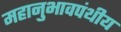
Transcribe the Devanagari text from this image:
महानुभावपंथीय